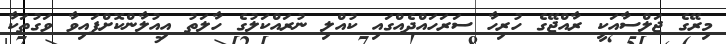
މިރޭގެ ޖަލްސާއަކީ ރާއްޖޭގެ ހުރިހާ ސަރަހައްދެއްގައި ކުއްލި ނުރައްކަލުގެ ހާލަތު އިއުލާންކޮށްފައިވާ ވަގުތަކާ